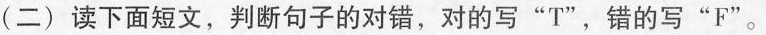
(二)读下面短文,判断句子的对错,对的写"T",错的写"F".